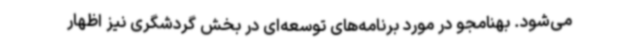
می‌شود. بهنامجو در مورد برنامه‌های توسعه‌ای در بخش گردشگری نیز اظهار